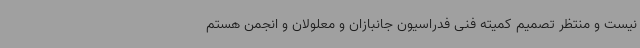
نیست و منتظر تصمیم کمیته فنی فدراسیون جانبازان و معلولان و انجمن هستم